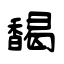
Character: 馤